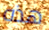
هذه